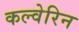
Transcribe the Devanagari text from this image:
कल्वेरिन